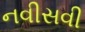
નવીસવી